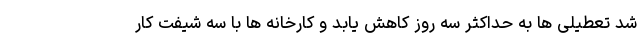
شد تعطیلی ها به حداکثر سه روز کاهش یابد و کارخانه ها با سه شیفت کار